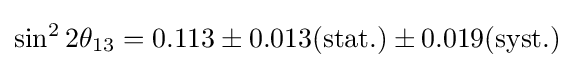
\sin ^{2}2\theta _{13}=0.113\pm 0.013({\rm {stat.}})\pm 0.019({\rm {syst.}})